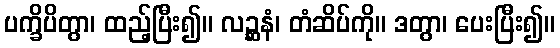
ပက္ခိပိတွာ၊ ထည့်ပြီး၍။ လဉ္ဆနံ၊ တံဆိပ်ကို။ ဒတွာ၊ ပေးပြီး၍။